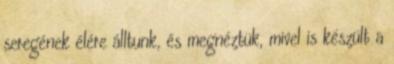
seregének élére álltunk, és megnéztük, mivel is készült a